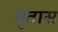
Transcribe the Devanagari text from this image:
मृतास